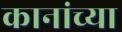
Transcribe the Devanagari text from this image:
कानांच्या